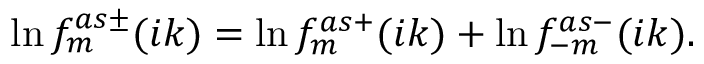
\ln f _ { m } ^ { a s \pm } ( i k ) = \ln f _ { m } ^ { a s + } ( i k ) + \ln f _ { - m } ^ { a s - } ( i k ) .